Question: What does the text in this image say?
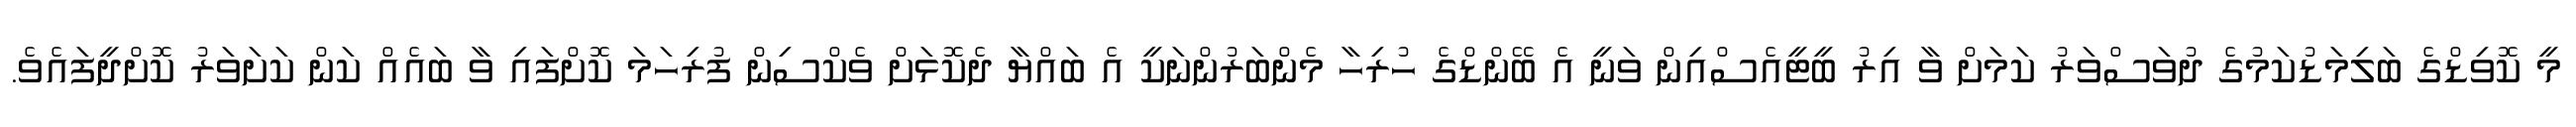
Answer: މީ ކޮވިޑްގެ ބަލިމަޑުކަމުގެ ދުވަސްވަރު ކަމަށް ވާ އިރު ބީޓީއެސްއިން ވަނީ އެ ބޭންޑްގެ ހުރިހާ މެންބަރުންނަކީ އެ ބައްޔާ ދެކޮޅަށް ވެކްސިން ފުރިހަމަ ކޮށްފައި ވާ ބައެއް ކަން ކަށަވަރު ކޮށްދީފައެވެ.